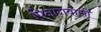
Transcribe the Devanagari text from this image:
पिनांगवासी